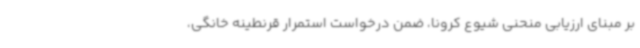
بر مبنای ارزیابی منحنی شیوع کرونا، ضمن درخواست استمرار قرنطینه خانگی،